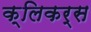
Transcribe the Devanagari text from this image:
क्लिकर्स